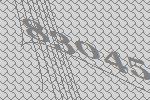
83045